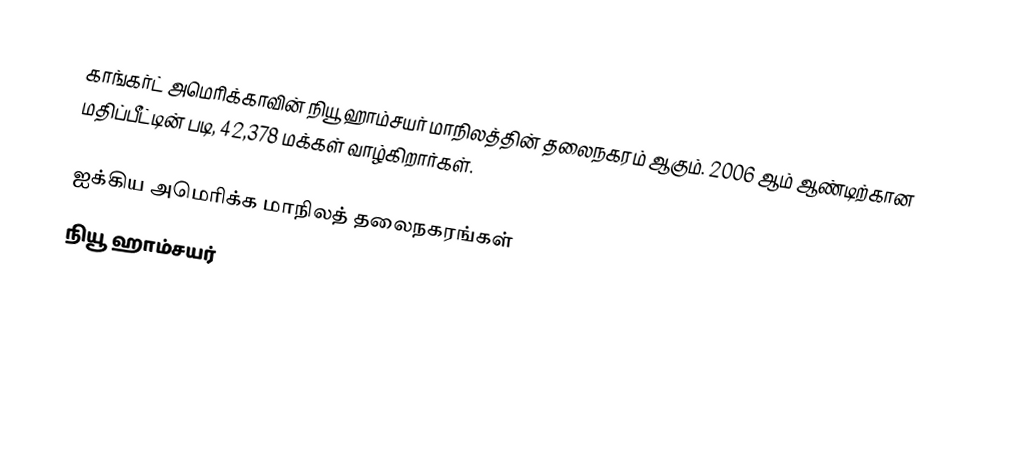
காங்கர்ட் அமெரிக்காவின் நியூ ஹாம்சயர் மாநிலத்தின் தலைநகரம் ஆகும். 2006 ஆம் ஆண்டிற்கான மதிப்பீட்டின் படி, 42,378 மக்கள் வாழ்கிறார்கள்.

ஐக்கிய அமெரிக்க மாநிலத் தலைநகரங்கள்
நியூ ஹாம்சயர்